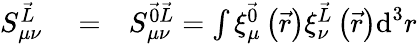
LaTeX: \begin{array}{rlr}{S_{\mu\nu}^{\vec{L}}}&{{}=}&{S_{\mu\nu}^{\vec{0}\vec{L}}=\int\xi_{\mu}^{\vec{0}}\left(\vec{r}\right)\xi_{\nu}^{\vec{L}}\left(\vec{r}\right)\textrm{d}^{3}r}\end{array}